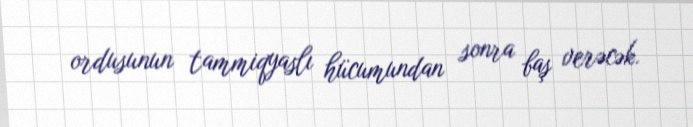
ordusunun tammiqyaslı hücumundan sonra baş verəcək.